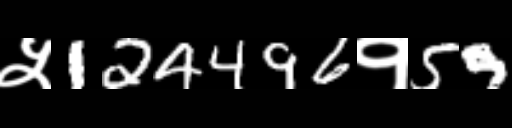
Text: ५124496१59